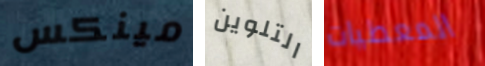
مينكس التلوين المعطيات